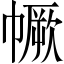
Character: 𢅅